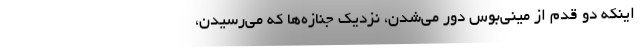
اينكه دو قدم از ميني‌بوس دور مي‌شدن، نزديك جنازه‌ها كه مي‌رسيدن،